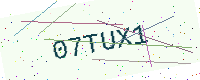
Text: 07TUX1